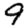
Digit: 9